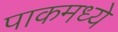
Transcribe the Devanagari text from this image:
पाकमध्ये